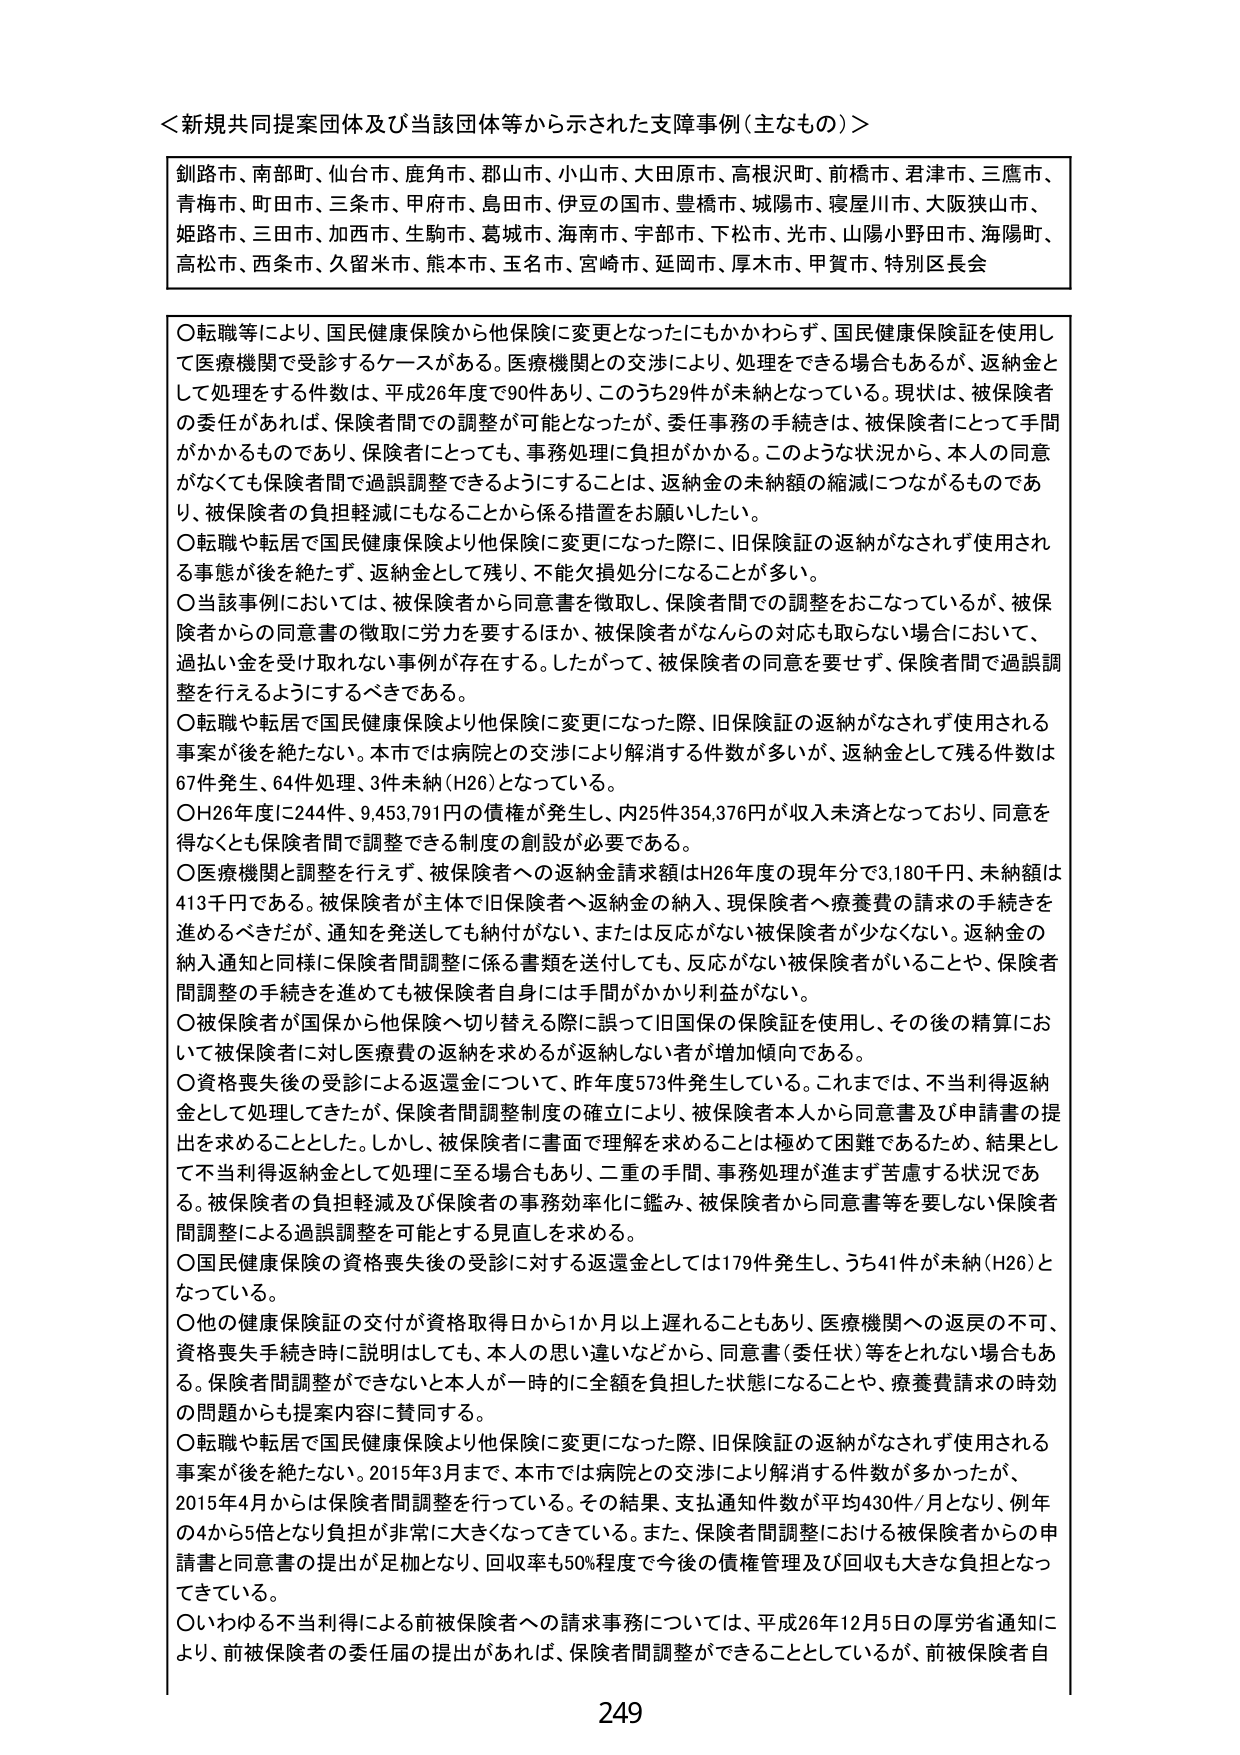
＜新規共同提案団体及び当該団体等から示された支障事例（主なもの）＞

釧路市、南部町、仙台市、鹿角市、郡山市、小山市、大田原市、高根沢町、前橋市、君津市、三鷹市、
青梅市、町田市、三条市、甲府市、島田市、伊豆の国市、豊橋市、城陽市、寝屋川市、大阪狭山市、
姫路市、三田市、加西市、生駒市、葛城市、海南市、宇部市、下松市、光市、山陽小野田市、海陽町、
高松市、西条市、久留米市、熊本市、玉名市、宮崎市、延岡市、厚木市、甲賀市、特別区長会

○転職等により、国民健康保険から他保険に変更となったにもかかわらず、国民健康保険証を使用し
て医療機関で受診するケースがある。医療機関との交渉により、処理をできる場合もあるが、返納金と
して処理をする件数は、平成26年度で90件あり、このうち29件が未納となっている。現状は、被保険者
の委任があれば、保険者間での調整が可能となったが、委任事務の手続きは、被保険者にとって手間
がかかるものであり、保険者にとっても、事務処理に負担がかかる。このような状況から、本人の同意
がなくても保険者間で過誤調整できるようにすることは、返納金の未納額の縮減につながるものであ
り、被保険者の負担軽減にもなることから係る措置をお願いしたい。

○転職や転居で国民健康保険より他保険に変更になった際に、旧保険証の返納がなされず使用され
る事態が後を絶たず、返納金として残り、不能欠損処分になることが多い。

○当該事例においては、被保険者から同意書を徴取し、保険者間で調整をおこなっているが、被保
険者からの同意書の徴取に労力を要するほか、被保険者がなんらの対応も取らない場合において、
過払い金を受け取れない事例が存在する。したがって、被保険者の同意を要せず、保険者間で過誤調
整を行えるようにするべきである。

○転職や転居で国民健康保険より他保険に変更になった際、旧保険証の返納がなされず使用される
事案が後を絶たない。本市では病院との交渉により解消する件数が多いが、返納金として残る件数は
67件発生、64件処理、3件未納（H26）となっている。

○H26年度に244件、9,453,791円の債権が発生し、内25件354,376円が収入未済となっており、同意を
得なくとも保険者間で調整できる制度の創設が必要である。

○医療機関と調整を行えず、被保険者への返納金請求額はH26年度の現年分で3,180千円、未納額は
413千円である。被保険者が主体で旧保険者へ返納金の納入、現保険者へ療養費の請求の手続きを
進めるべきだが、通知を発送しても納付がない、または反応がない被保険者が少なくない。返納金の
納入通知と同様に保険者間調整に係る書類を送付しても、反応がない被保険者がいることや、保険者
間調整の手続きを進めても被保険者自身には手間がかかり利益がない。

○被保険者が国保から他保険へ切り替える際に誤って旧国保の保険証を使用し、その後の精算にお
いて被保険者に対し医療費の返納を求めるが返納しない者が増加傾向である。

○資格喪失後の受診による返還金について、昨年度573件発生している。これまでは、不当利得返納
金として処理してきたが、保険者間調整制度の確立により、被保険者本人から同意書及び申請書の提
出を求めることとした。しかし、被保険者に書面で理解を求めることは極めて困難であるため、結果とし
て不当利得返納金として処理に至る場合もあり、二重の手間、事務処理が進まず苦慮する状況であ
る。被保険者の負担軽減及び保険者の事務効率化に鑑み、被保険者から同意書等を要しない保険者
間調整による過誤調整を可能とする見直しを求める。

○国民健康保険の資格喪失後の受診に対する返還金としては179件発生し、うち41件が未納（H26）と
なっている。

○他の健康保険証の交付が資格取得日から1か月以上遅れることもあり、医療機関への返戻の不可、
資格喪失手続き時に説明はしても、本人の思い違いなどから、同意書（委任状）等をとれない場合もあ
る。保険者間調整ができないと本人が一時的に全額を負担した状態になることや、療養費請求の時効
の問題からも提案内容に賛同する。

○転職や転居で国民健康保険より他保険に変更になった際、旧保険証の返納がなされず使用される
事案が後を絶たない。2015年3月まで、本市では病院との交渉により解消する件数が多かったが、
2015年4月からは保険者間調整を行っている。その結果、支払通知件数が平均430件/月となり、例年
の4から5倍となり負担が非常に大きくなってきている。また、保険者間調整における被保険者からの申
請書と同意書の提出が足夠となり、回収率も50%程度で今後の債権管理及び回収も大きな負担となっ
てきている。

○いわゆる不当利得による前被保険者への請求事務については、平成26年12月5日の厚労省通知に
より、前被保険者の委任届の提出があれば、保険者間調整ができることとしているが、前被保険者自

249